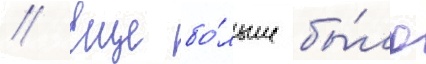
// Еще бо́льше бы́ло